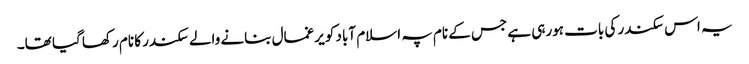
یہ اس سکندر کی بات ہورہی ہے جس کے نام پہ اسلام آباد کو یرغمال بنانے والے سکندر کا نام رکھا گیا تھا۔